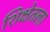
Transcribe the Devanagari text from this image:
शिक्षेतला